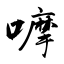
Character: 嚤